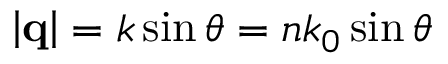
\left\vert \mathbf { q } \right\vert = k \sin \theta = n k _ { 0 } \sin \theta